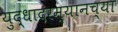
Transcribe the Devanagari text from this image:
युद्धादरम्यानच्या